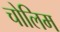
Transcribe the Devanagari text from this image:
चोलिम